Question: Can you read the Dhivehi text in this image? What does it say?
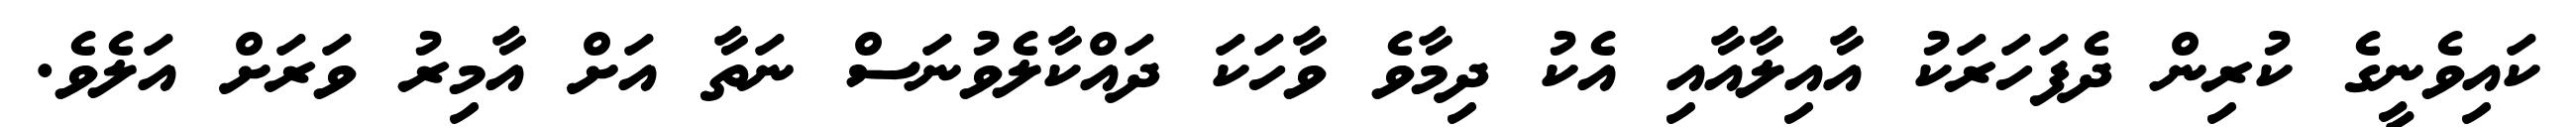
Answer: ކައިވެނީގެ ކުރިން ދެފަހަރަކު އާއިލާއާއި އެކު ދިމާވެ ވާހަކަ ދައްކާލެވުނަސް ނަތާ އަށް އާމިރު ވަރަށް އަލެވެ.